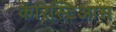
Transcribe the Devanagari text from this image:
कॅरिस्टिआस